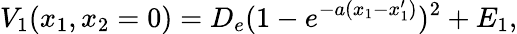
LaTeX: V_{1}(x_{1},x_{2}=0)=D_{e}(1-e^{-a(x_{1}-x_{1}^{\prime})})^{2}+E_{1},